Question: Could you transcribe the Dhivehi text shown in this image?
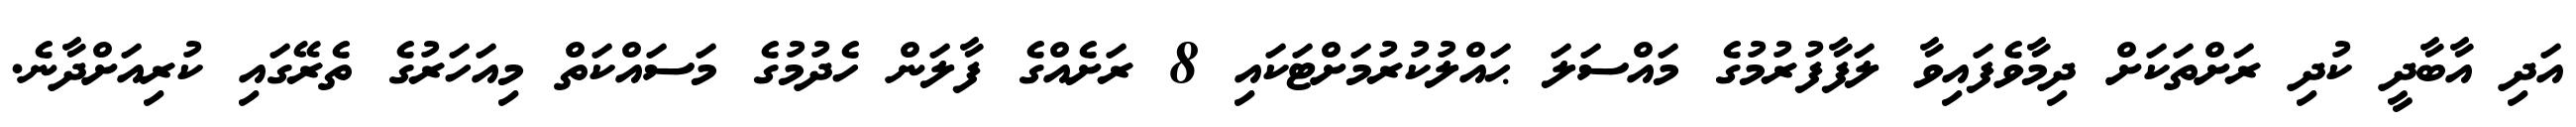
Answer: އަދި އާބާދީ ކުދި ރަށްތަކަށް ދިމާވެފައިވާ ލަފާފުރުމުގެ މައްސަލަ ޙައްލުކުރުމަށްޓަކައި 8 ރަށެއްގެ ފާލަން ހެދުމުގެ މަސައްކަތް މިއަހަރުގެ ތެރޭގައި ކުރިއަށްދާނެ.